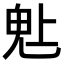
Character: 𬴾